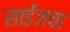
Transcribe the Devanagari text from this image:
साईजचा